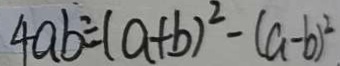
4 a b \div ( a + b ) ^ { 2 } - ( a - b ) ^ { 2 }